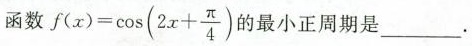
函数 $$f ( x ) = \cos ( 2 x + \frac{\pi}{4} )$$的最小正周期是___.